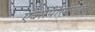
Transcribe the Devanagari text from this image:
एक्सपेरिमेन्ट्‌स्